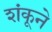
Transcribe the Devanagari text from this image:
शंकूने